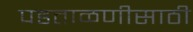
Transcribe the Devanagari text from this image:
पडताळणीसाठी